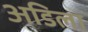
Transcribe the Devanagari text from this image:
अडिला